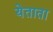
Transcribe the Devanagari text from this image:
येताता